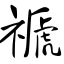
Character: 禠